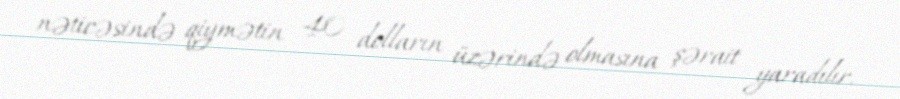
nəticəsində qiymətin 40 dolların üzərində olmasına şərait yaradılır.